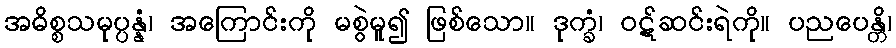
အဓိစ္စသမုပ္ပန္နံ၊ အကြောင်းကို မစွဲမူ၍ ဖြစ်သော။ ဒုက္ခံ၊ ဝဋ်ဆင်းရဲကို။ ပညပေန္တိ၊